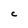
Character: C